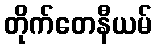
တိုက်တေနီယမ်